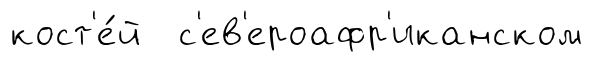
кост'е́й с'ев'ероафр'иканском